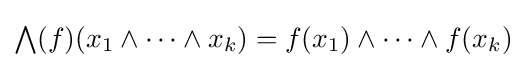
{\textstyle \bigwedge }(f)(x_{1}\wedge \cdots \wedge x_{k})=f(x_{1})\wedge \cdots \wedge f(x_{k})